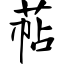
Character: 萜